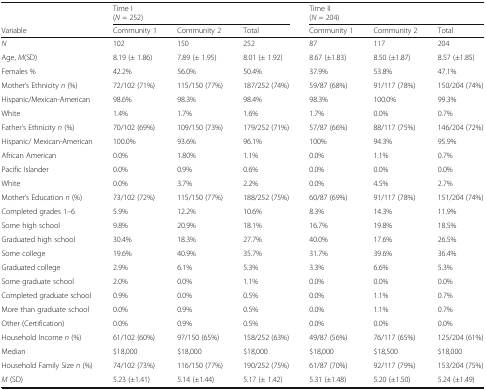
<table><thead><tr><td>[EMPTY_CELL]</td><td colspan="3"><b>Time I(<i>N</i> = 252)</b></td><td colspan="3"><b>Time II(<i>N</i> = 204)</b></td></tr><tr><td><b>Variable</b></td><td><b>Community 1</b></td><td><b>Community 2</b></td><td><b>Total</b></td><td><b>Community 1</b></td><td><b>Community 2</b></td><td><b>Total</b></td></tr></thead><tbody><tr><td><i>N</i></td><td>102</td><td>150</td><td>252</td><td>87</td><td>117</td><td>204</td></tr><tr><td>Age, <i>M</i>(SD)</td><td>8.19 (± 1.86)</td><td>7.89 (± 1.95)</td><td>8.01 (± 1.92)</td><td>8.67 (±1.83)</td><td>8.50 (±1.87)</td><td>8.57 (±1.85)</td></tr><tr><td>Females %</td><td>42.2%</td><td>56.0%</td><td>50.4%</td><td>37.9%</td><td>53.8%</td><td>47.1%</td></tr><tr><td>Mother’s Ethnicity <i>n</i> (%)</td><td>72/102 (71%)</td><td>115/150 (77%)</td><td>187/252 (74%)</td><td>59/87 (68%)</td><td>91/117 (78%)</td><td>150/204 (74%)</td></tr><tr><td>Hispanic/Mexican-American</td><td>98.6%</td><td>98.3%</td><td>98.4%</td><td>98.3%</td><td>100.0%</td><td>99.3%</td></tr><tr><td>White</td><td>1.4%</td><td>1.7%</td><td>1.6%</td><td>1.7%</td><td>0.0%</td><td>0.7%</td></tr><tr><td>Father’s Ethnicity <i>n</i> (%)</td><td>70/102 (69%)</td><td>109/150 (73%)</td><td>179/252 (71%)</td><td>57/87 (66%)</td><td>88/117 (75%)</td><td>146/204 (72%)</td></tr><tr><td>Hispanic/ Mexican-American</td><td>100.0%</td><td>93.6%</td><td>96.1%</td><td>100%</td><td>94.3%</td><td>95.9%</td></tr><tr><td>African American</td><td>0.0%</td><td>1.80%</td><td>1.1%</td><td>0.0%</td><td>1.1%</td><td>0.7%</td></tr><tr><td>Pacific Islander</td><td>0.0%</td><td>0.9%</td><td>0.6%</td><td>0.0%</td><td>0.0%</td><td>0.0%</td></tr><tr><td>White</td><td>0.0%</td><td>3.7%</td><td>2.2%</td><td>0.0%</td><td>4.5%</td><td>2.7%</td></tr><tr><td>Mother’s Education <i>n</i> (%)</td><td>73/102 (72%)</td><td>115/150 (77%)</td><td>188/252 (75%)</td><td>60/87 (69%)</td><td>91/117 (78%)</td><td>151/204 (74%)</td></tr><tr><td>Completed grades 1–6</td><td>5.9%</td><td>12.2%</td><td>10.6%</td><td>8.3%</td><td>14.3%</td><td>11.9%</td></tr><tr><td>Some high school</td><td>9.8%</td><td>20.9%</td><td>18.1%</td><td>16.7%</td><td>19.8%</td><td>18.5%</td></tr><tr><td>Graduated high school</td><td>30.4%</td><td>18.3%</td><td>27.7%</td><td>40.0%</td><td>17.6%</td><td>26.5%</td></tr><tr><td>Some college</td><td>19.6%</td><td>40.9%</td><td>35.7%</td><td>31.7%</td><td>39.6%</td><td>36.4%</td></tr><tr><td>Graduated college</td><td>2.9%</td><td>6.1%</td><td>5.3%</td><td>3.3%</td><td>6.6%</td><td>5.3%</td></tr><tr><td>Some graduate school</td><td>2.0%</td><td>0.0%</td><td>1.1%</td><td>0.0%</td><td>0.0%</td><td>0.0%</td></tr><tr><td>Completed graduate school</td><td>0.9%</td><td>0.0%</td><td>0.5%</td><td>0.0%</td><td>1.1%</td><td>0.7%</td></tr><tr><td>More than graduate school</td><td>0.0%</td><td>0.9%</td><td>0.5%</td><td>0.0%</td><td>1.1%</td><td>0.7%</td></tr><tr><td>Other (Certification)</td><td>0.0%</td><td>0.9%</td><td>0.5%</td><td>0.0%</td><td>0.0%</td><td>0.0%</td></tr><tr><td>Household Income <i>n</i> (%)</td><td>61/102 (60%)</td><td>97/150 (65%)</td><td>158/252 (63%)</td><td>49/87 (56%)</td><td>76/117 (65%)</td><td>125/204 (61%)</td></tr><tr><td>Median</td><td>$18,000</td><td>$18,000</td><td>$18,000</td><td>$18,000</td><td>$18,500</td><td>$18,000</td></tr><tr><td>Household Family Size <i>n</i> (%)</td><td>74/102 (73%)</td><td>116/150 (77%)</td><td>190/252 (75%)</td><td>61/87 (70%)</td><td>92/117 (79%)</td><td>153/204 (75%)</td></tr><tr><td><i>M</i> (SD)</td><td>5.23 (±1.41)</td><td>5.14 (±1.44)</td><td>5.17 (± 1.42)</td><td>5.31 (±1.48)</td><td>5.20 (±1.50)</td><td>5.24 (±1.49)</td></tr></tbody></table>